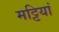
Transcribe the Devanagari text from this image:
मट्टियां